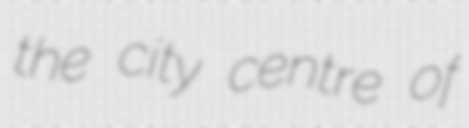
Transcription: the city centre of